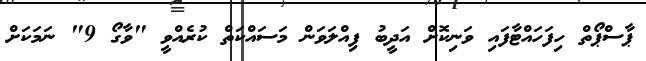
ޕާސްޕޯތް ހިފަހައްޓާފައި ވަނިކޮށް އަދީބު ފިއްލަވަން މަސައްކަތް ކުރެއްވީ "ވާގޯ 9" ނަމަކަށް